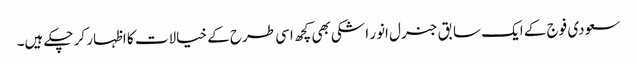
سعودی فوج کے ایک سابق جنرل انور اشکی بھی کچھ اسی طرح کے خیالات کا اظہار کر چکے ہیں۔